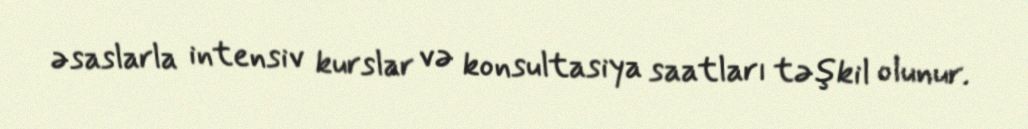
əsaslarla intensiv kurslar və konsultasiya saatları təşkil olunur.